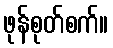
ဖုန်စုတ်စက်။